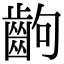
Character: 齣